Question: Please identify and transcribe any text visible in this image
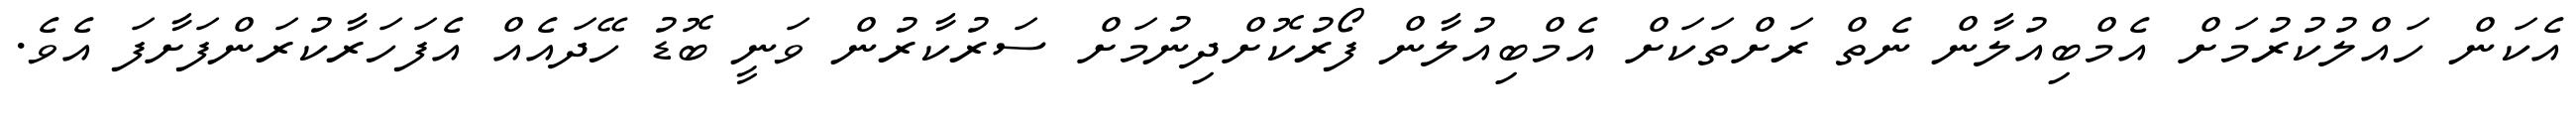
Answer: އެކަން ހައްލުކުރުމަށް އެމްބިއުލާން ނެތް ރަށްތަކަށް އެމްބިއުލާން ފޯރުކޮށްދިނުމަށް ސަރުކާރުން ވަނީ ބޮޑު ހޭދައެއް އެފަހަރާކުރަންފަށާފަ އެވެ.